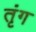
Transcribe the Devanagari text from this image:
तृंग